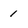
Character: 1